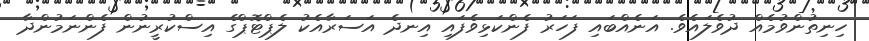
ހިނިތުންވުމެއް ދުވެލައެވެ. އަނެއްބައި ފަހަރު ފެންކަޅިވެފައި އިނދެ އަސަރާއެކު ލެޕްޓޮޕްގެ އިސްކުރީނުން ފެންނަމުންދާ